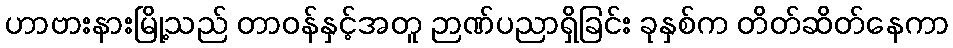
ဟာဗားနားမြို့သည် တာဝန်နှင့်အတူ ဉာဏ်ပညာရှိခြင်း ခုနှစ်က တိတ်ဆိတ်နေကာ